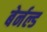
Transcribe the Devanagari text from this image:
बेर्नल्ड